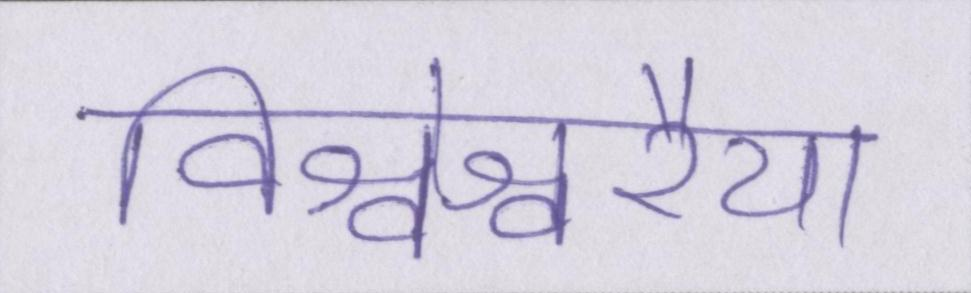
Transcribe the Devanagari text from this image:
विश्वेश्वरैया